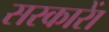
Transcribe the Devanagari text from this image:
सरकाराें